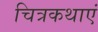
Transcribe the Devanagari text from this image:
चित्रकथाएं